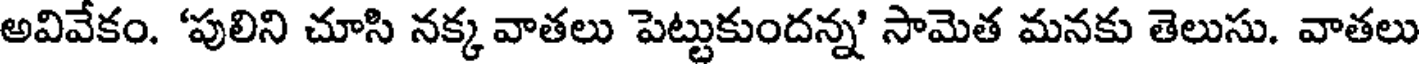
అవివేకం. 'పులిని చూసి నక్క వాతలు పెట్టుకుందన్న' సామెత మనకు తెలుసు. వాతలు